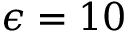
\epsilon = 1 0